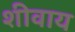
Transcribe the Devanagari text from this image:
शीवाय